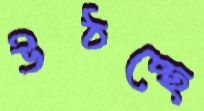
উঠচ্ছে